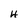
Character: 4